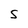
Character: S